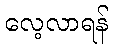
လေ့လာရန်